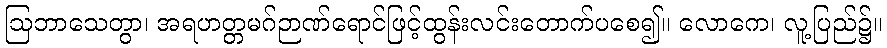
ဩဘာသေတွာ၊ အရဟတ္တမဂ်ဉာဏ်ရောင်ဖြင့်ထွန်းလင်းတောက်ပစေ၍။ လောကေ၊ လူ့ပြည်၌။